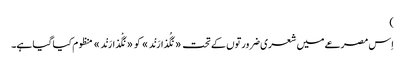
)
اِس مصرعے میں شعری ضرورتوں کے تحت «نَگُذارَنْد» کو «نَگْذارَنْد» منظوم کیا گیا ہے۔